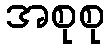
အစုစု